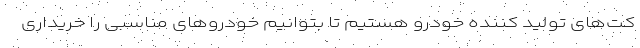
کت‌های تولید کننده خودرو هستیم تا بتوانیم خودروهای مناسبی را خریداری